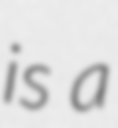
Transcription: is a